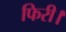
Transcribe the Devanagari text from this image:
फिरी।